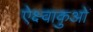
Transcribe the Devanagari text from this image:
ऐक्ष्वाकुओं